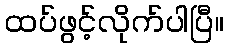
ထပ်ဖွင့်လိုက်ပါပြီ။